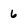
Character: 6